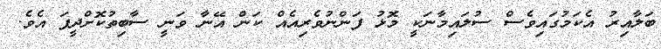
ބަލާއިރު އެކަމުގައިވެސް ސުލައިމާނަކީ މޮޅު ފަންނުވެރިއެއް ކަން އޭނާ ވަނީ ސާބިތުކޮށްދީފަ އެވެ.